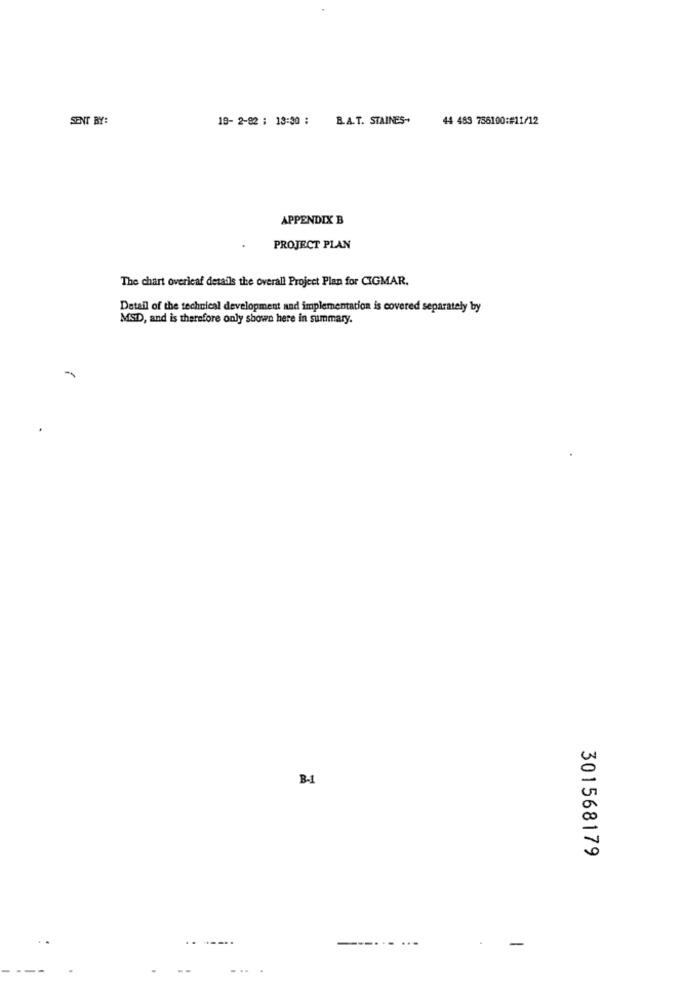
SENT BY:
19- 2-82 : 13:30 :
B.A.T. STAINES-
44 483 756100:#11/12
APPENDIX B
PROJECT PLAN
The chart overleaf details the overall Project Plan for CIGMAR.
Detail of the technical development and implementation is covered separately by
MSD, and is therefore only shown here in summary.
B.1
301568179
-